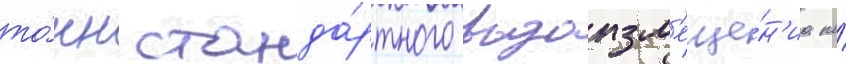
то́нн станда́ртного водоизм'еще́н'иа по́